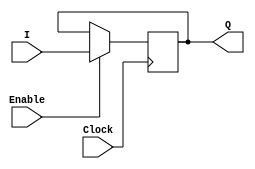
module Register(I,Clock,Q,Enable);
	input [3:0]I;
	input Clock,Enable;
	output reg[3:0] Q;
	
	always @(posedge Clock) begin
		if(Enable)begin
		Q <= I;
		end
	end
	
endmodule